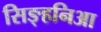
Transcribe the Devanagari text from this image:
सिङ्हनिआ